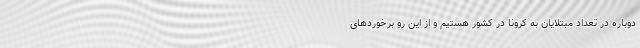
دوباره در تعداد مبتلایان به کرونا در کشور هستیم و از این رو برخوردهای